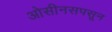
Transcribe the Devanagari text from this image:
ओसीनसपसून